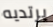
يرتديه